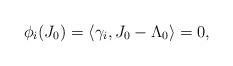
LaTeX: \begin{align*}\phi_i(J_0)=\langle \gamma_i, J_0 -\Lambda_0\rangle =0,\end{align*}